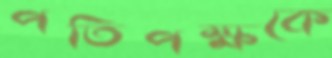
পতিপক্ষকে